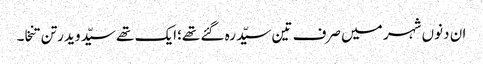
ان دنوں شہر میں صرف تین سیّد رہ گئے تھے؛ایک تھے سیّد وید رتن تنخا۔